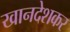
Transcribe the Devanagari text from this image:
खानदेशकर